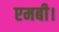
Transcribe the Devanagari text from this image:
एमबी।